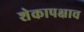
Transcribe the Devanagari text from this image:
शेकापक्षाच